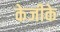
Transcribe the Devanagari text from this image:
केजीके